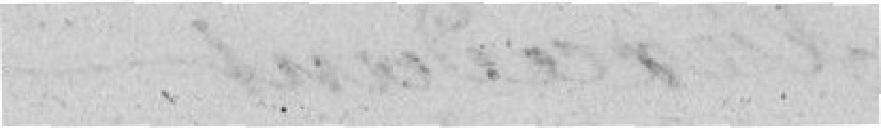
Les députés de la France ont compris ses besoins,